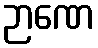
ဉာဏေ